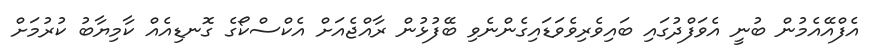
އެފްއޭއެމުން ބުނީ އެވަފްދުގައި ބައިވެރިވެވަޑައިގެންނެވި ބޭފުޅުން ރާއްޖެއަށް އެކްސްކޯގެ ގޮނޑިއެއް ކާމިޔާބު ކުރުމަށް